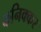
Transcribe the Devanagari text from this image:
कनिक्कर